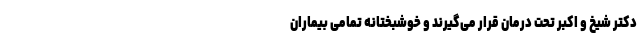
دکتر شیخ و اکبر تحت درمان قرار می‌گیرند و خوشبختانه تمامی بیماران